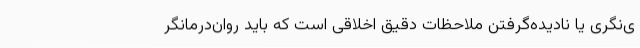
ی‌نگری یا نادیده‌گرفتن ملاحظات دقیق اخلاقی است که باید روان‌درمانگر